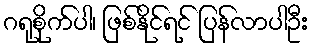
ဂရုစိုက်ပါ၊ ဖြစ်နိုင်ရင် ပြန်လာပါဦး